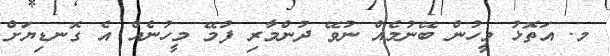
މ. އަތޮޅު މީހުން ބޭނުމެއް ނުވޭ ދުންމާރި ފުމޭ މީހުނެއް އެ ގޮނޑިޔަށް